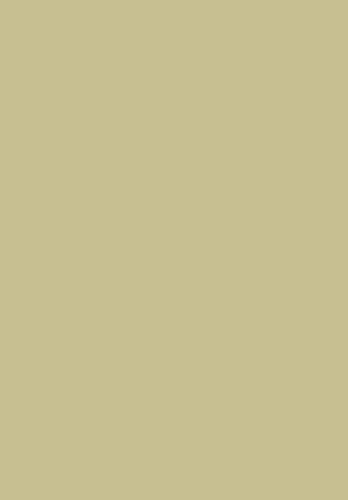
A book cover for The Three-Piece Suit and Modern Masculinity: England, 1550-1850 (Studies on the History of Society and Culture); David Kuchta; Health, Fitness & Dieting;